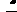
.